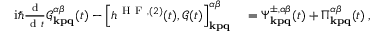
\begin{array} { r l } { \mathrm { i } \hbar \frac { \mathrm { ~ d ~ } } { \mathrm { ~ d ~ } t } \mathcal { G } _ { \mathbf { k p q } } ^ { \alpha \beta } ( t ) - \left[ h ^ { \mathrm { ~ H ~ F ~ } , ( 2 ) } ( t ) , \mathcal { G } ( t ) \right] _ { \mathbf { k p q } } ^ { \alpha \beta } } & { { } = \Psi _ { \mathbf { k p q } } ^ { \pm , \alpha \beta } ( t ) + \Pi _ { \mathbf { k p q } } ^ { \alpha \beta } ( t ) \, , } \end{array}